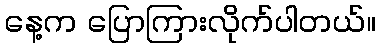
နေ့က ပြောကြားလိုက်ပါတယ်။